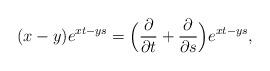
LaTeX: \begin{align*} (x-y)e^{xt-ys}= \Big(\frac{\partial}{\partial t }+\frac{\partial}{\partial s}\Big)e^{xt-ys}, \end{align*}